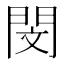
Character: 閔